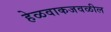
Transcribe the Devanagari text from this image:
हेळवाकजवळील